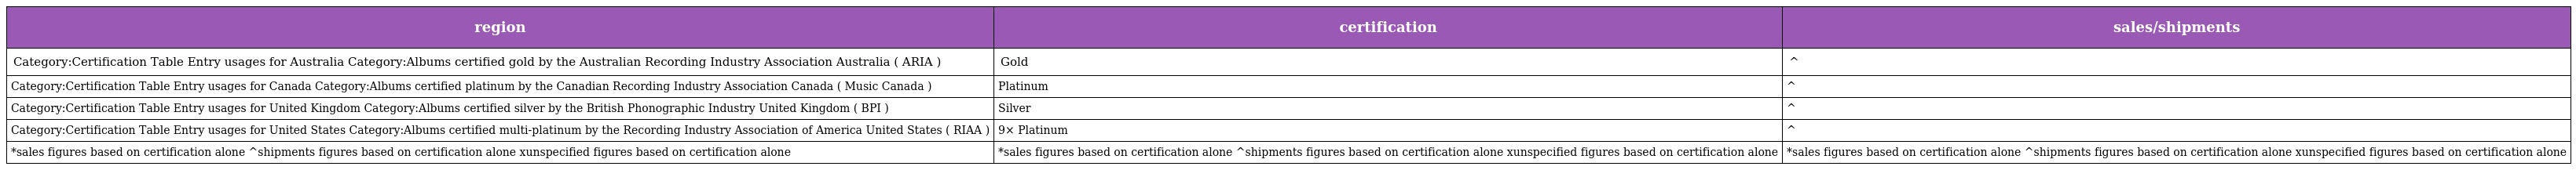
| region | certification | sales/shipments |
 | --- | --- | --- |
 | Category:Certification Table Entry usages for Australia Category:Albums certified gold by the Australian Recording Industry Association Australia ( ARIA ) | Gold | ^ |
 | Category:Certification Table Entry usages for Canada Category:Albums certified platinum by the Canadian Recording Industry Association Canada ( Music Canada ) | Platinum | ^ |
 | Category:Certification Table Entry usages for United Kingdom Category:Albums certified silver by the British Phonographic Industry United Kingdom ( BPI ) | Silver | ^ |
 | Category:Certification Table Entry usages for United States Category:Albums certified multi-platinum by the Recording Industry Association of America United States ( RIAA ) | 9× Platinum | ^ |
 | *sales figures based on certification alone ^shipments figures based on certification alone xunspecified figures based on certification alone | *sales figures based on certification alone ^shipments figures based on certification alone xunspecified figures based on certification alone | *sales figures based on certification alone ^shipments figures based on certification alone xunspecified figures based on certification alone |